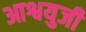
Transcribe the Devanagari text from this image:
आश्वयुजी